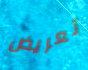
تعريض